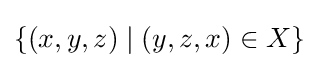
\{(x,y,z)\mid (y,z,x)\in X\}